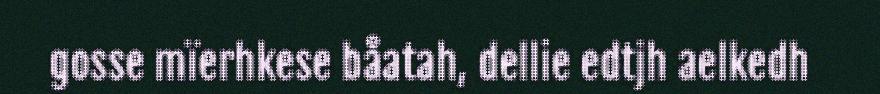
gosse mïerhkese båatah, dellie edtjh aelkedh